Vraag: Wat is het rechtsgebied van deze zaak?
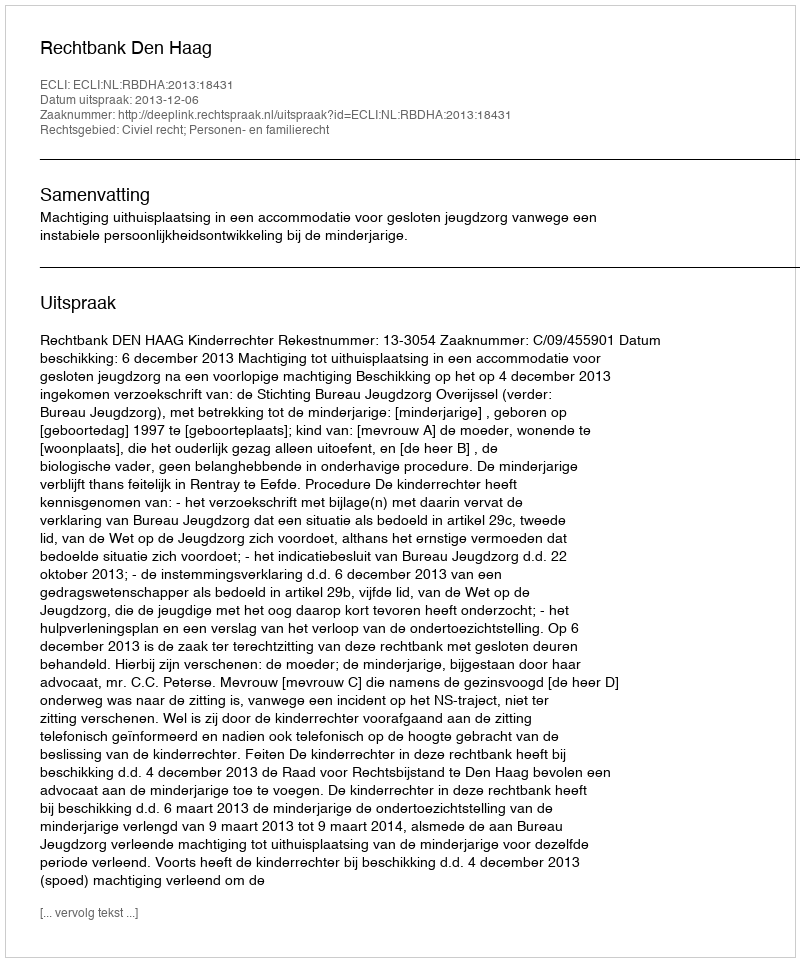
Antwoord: Civiel recht; Personen- en familierecht